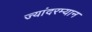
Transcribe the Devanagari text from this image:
ज्यांदरम्यान